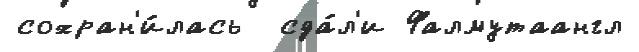
сохран'и́лась  сда́л'и Фалмутаангл